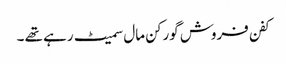
کفن فروش گورکن مال سمیٹ رہے تھے ۔